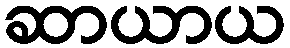
ဆာယာယ